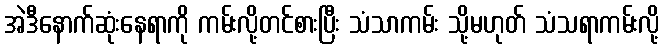
အဲဒီနောက်ဆုံးနေရာကို ကမ်းလို့တင်စားပြီး သံသာကမ်း သို့မဟုတ် သံသရာကမ်းလို့